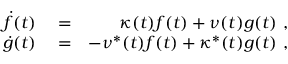
\begin{array} { r l r } { \dot { f } ( t ) } & { { } = } & { \kappa ( t ) f ( t ) + \nu ( t ) g ( t ) \ , } \\ { \dot { g } ( t ) } & { { } = } & { - \nu ^ { * } ( t ) f ( t ) + \kappa ^ { * } ( t ) g ( t ) \ , } \end{array}